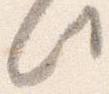
此